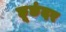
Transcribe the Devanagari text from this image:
छूछंदर